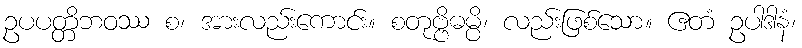
ဥပပတ္တိဘဝဿ စ၊ အားလည်းကောင်း။ စတုဗ္ဗိဓမ္ပိ၊ လည်းဖြစ်သော။ ဧတံ ဥပါဒါနံ၊